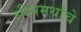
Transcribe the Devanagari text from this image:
श्रीसमर्थांचे